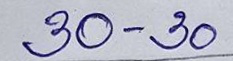
30 - 30